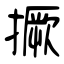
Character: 撅